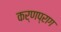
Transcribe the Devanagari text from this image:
कर्णप्राग